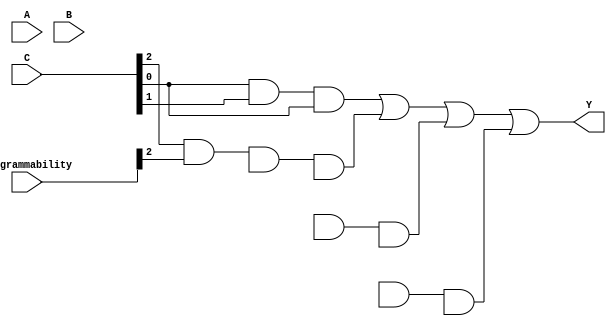
module GPAL (
    input wire [2:0] A,  // Input lines (A0, A1, A2)
    input wire [2:0] B,  // Input lines (B0, B1, B2)
    input wire [2:0] C,  // Input lines (C0, C1, C2)
    input wire [2:0] programmability, // Controls for programming
    output wire Y       // Output
);

    // Declare internal wire for AND gates
    wire [3:0] and_out; // Outputs from AND gates

    // Programmable AND Array
    // and_connections[i] specify which inputs are connected to AND gate i
    wire [2:0] and_connections[3:0][2:0];

    // Example wiring for AND gates based on programmability
    assign and_connections[0] = {A[0], B[0], C[0]};
    assign and_connections[1] = {A[1], B[1], C[1]};
    assign and_connections[2] = {A[2], B[2], C[0]};
    assign and_connections[3] = {A[0] & programmability[0], B[1] & programmability[1], C[2] & programmability[2]};

    // Implement AND operations based on programmed connections
    genvar i;
    generate
        for (i = 0; i < 4; i = i + 1) begin: and_gen
            assign and_out[i] = and_connections[i][0] & and_connections[i][1] & and_connections[i][2];
        end
    endgenerate

    // Fixed OR Array
    assign Y = and_out[0] | and_out[1] | and_out[2] | and_out[3]; // Combine outputs of AND gates

endmodule